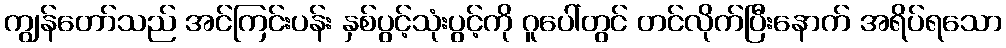
ကျွန်တော်သည် အင်ကြင်းပန်း နှစ်ပွင့်သုံးပွင့်ကို ဂူပေါ်တွင် တင်လိုက်ပြီးနောက် အရိပ်ရသော